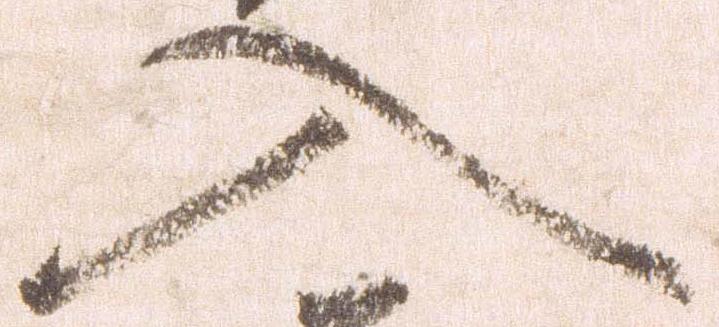
入